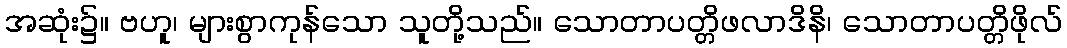
အဆုံး၌။ ဗဟူ၊ များစွာကုန်သော သူတို့သည်။ သောတာပတ္တိဖလာဒိနိ၊ သောတာပတ္တိဖိုလ်